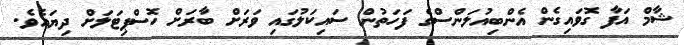
ޝާމް އަފާ ގޮވައިގެން އެންބިއުލަންސްގެ ފަހަތުން ސައިކަލުގައި ވަރަށް ބާރަށް ހޮސްޕިޓަލަށް ދިޔައެވެ.